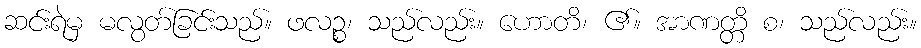
ဆင်းရဲမှ မလွတ်ခြင်းသည်။ ဖလဉ္စ၊ သည်လည်း။ ဟောတိ၊ ၏။ အာဏတ္တိ စ၊ သည်လည်း။